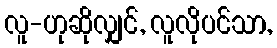
လူ-ဟုဆိုလျှင်, လူလိုပင်သာ,